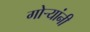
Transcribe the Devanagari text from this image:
गोर्‍यांनी